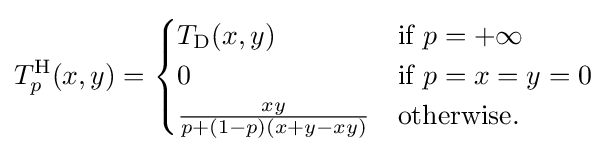
T_{p}^{\mathrm {H} }(x,y)={\begin{cases}T_{\mathrm {D} }(x,y)&{\text{if }}p=+\infty \\0&{\text{if }}p=x=y=0\\{\frac {xy}{p+(1-p)(x+y-xy)}}&{\text{otherwise.}}\end{cases}}